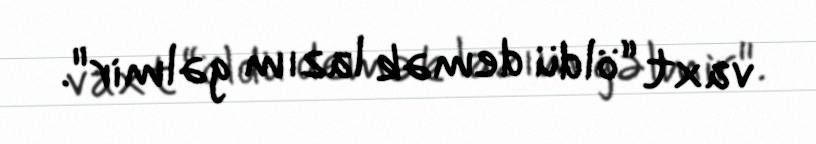
vaxt “öldü demək lazım gəlmir".